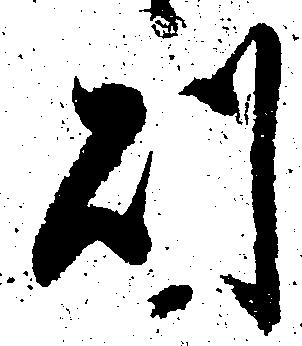
則